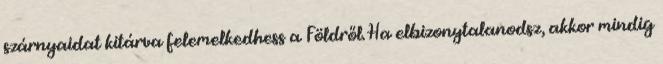
szárnyaidat kitárva felemelkedhess a Földről. Ha elbizonytalanodsz, akkor mindig